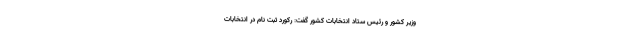
وزیر کشور و رئیس ستاد انتخابات کشور گفت: رکورد ثبت نام در انتخابات